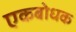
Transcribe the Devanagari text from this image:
एकबोधक